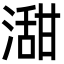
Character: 㵇